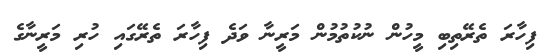
ފިހާރަ ތެރޭތިބި މީހުން ނުކުތުމުން މަރީނާ ވަދެ ފިހާރަ ތެރޭގައި ހުރި މަރީނާގެ